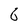
Character: 6